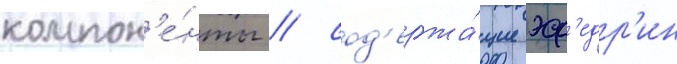
компон'е́нты / сод'ержа́щие эф'едр'ин